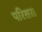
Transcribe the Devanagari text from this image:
परिसर।